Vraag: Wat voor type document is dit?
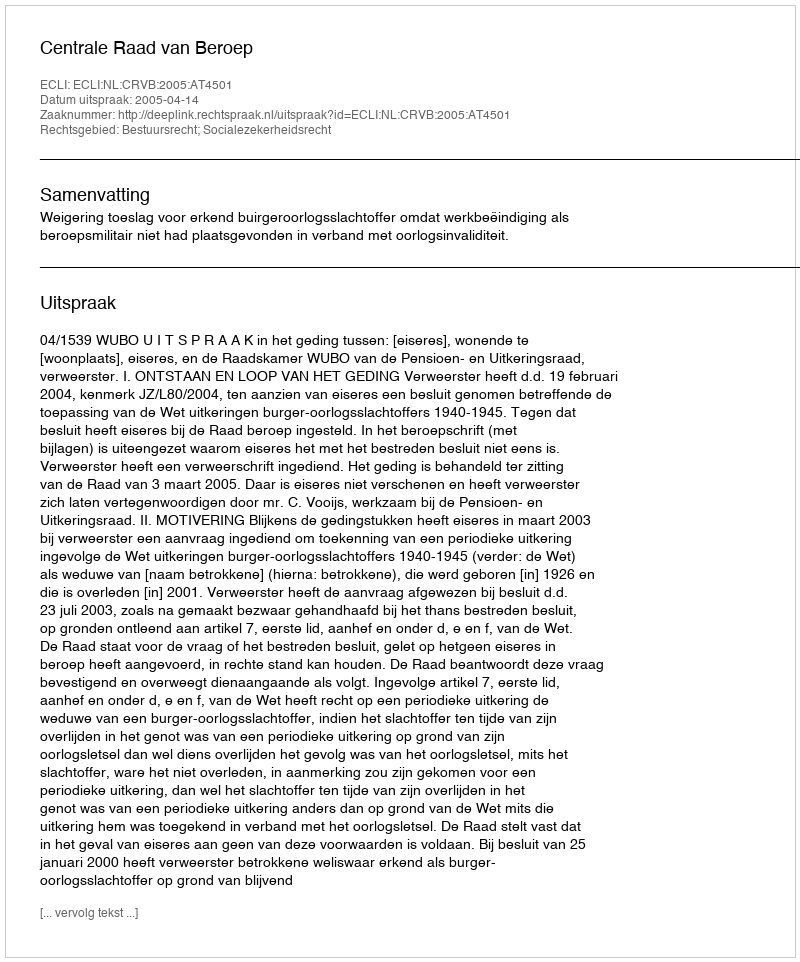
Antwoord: Uitspraak